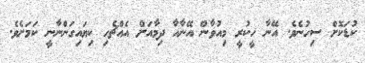
ކުޑަކޮށް ސިހުނެވެ. އޭނާ ހީކުރީ މިއުވާން އޭނާއާ ދިމާއަށް އެއްޗެހި ކިޔައިގަންނާނީ ކަމަށެވެ.